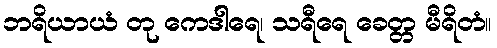
ဘရိယာယံ တု ကေဒါရေ၊ သရီရေ ခေတ္တ မီရိတံ။